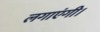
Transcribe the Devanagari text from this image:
लगाएंगी।